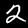
Digit: 2